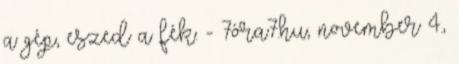
a gép, eszed a fék. - 7óra7.hu, november 4.,